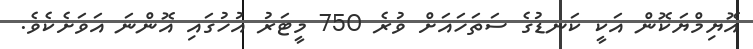
އޮޔިމްޔަކޮން އަކީ ކަނޑުގެ ސަތަހައަށް ވުރެ 750 މީޓަރު އުހުގައި އޮންނަ އަވަށެކެވެ.